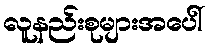
လူနည်းစုများအပေါ်